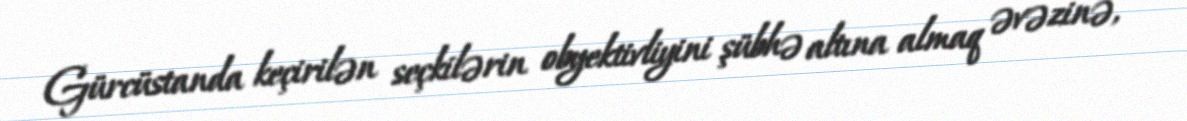
Gürcüstanda keçirilən seçkilərin obyektivliyini şübhə altına almaq əvəzinə,